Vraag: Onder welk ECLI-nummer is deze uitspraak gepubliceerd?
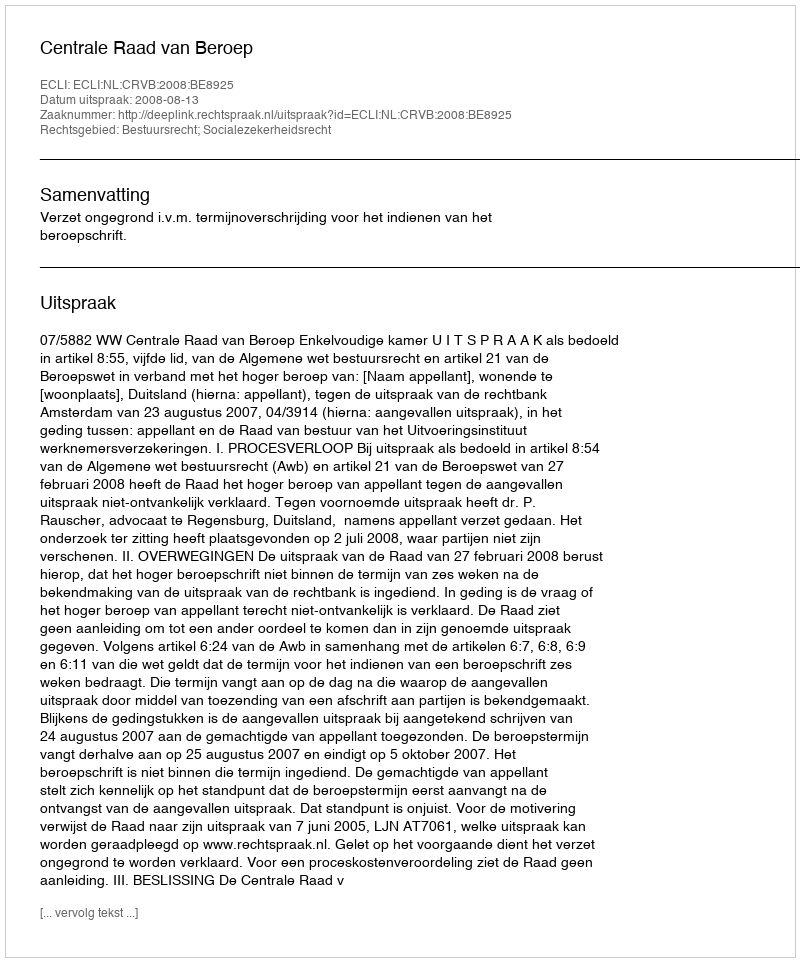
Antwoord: ECLI:NL:CRVB:2008:BE8925